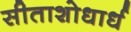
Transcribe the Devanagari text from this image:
सीताशोधार्ध